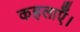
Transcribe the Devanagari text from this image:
कहलाएँ।